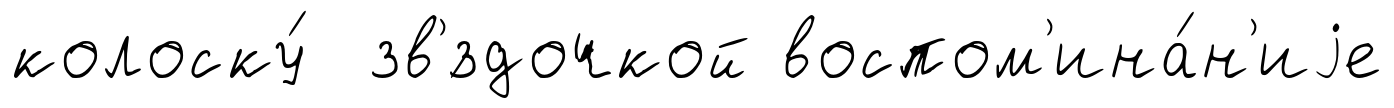
колоску́ зв'́здочкой воспом'ина́н'иjе